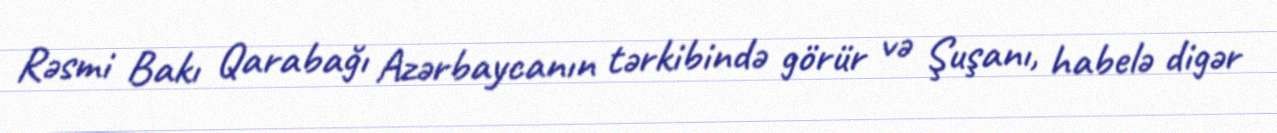
Rəsmi Bakı Qarabağı Azərbaycanın tərkibində görür və Şuşanı, habelə digər